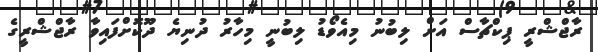
ރާޖްޝްރީ ޕިކްޗާސް އަށް ލިބުނު މިއެވޯޑު ލިބުނީ މިހާރު ދުނިޔެ ދޫކޮށްފައިވާ ރާޖްޝްރީގެ